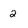
Character: 2